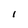
Character: 1